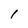
Character: 1